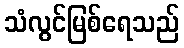
သံလွင်မြစ်ရေသည်